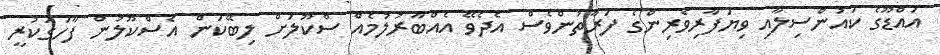
އައްޑޫގެ ކައުންސިލާއި ވިޔަފާރިވެރިންގެ ފަރާތުންވެސް އެދެވޭ އެއްބާރުލުމެއް ސްކޫލަށް ލިބޭކަން އެސްކޫލުން ފާހަގަކުރީ